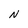
Character: N